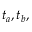
t _ { a } , t _ { b } ,